Report on vaccination in Madras 1922-1929 - 1922-1929
Year: 1922
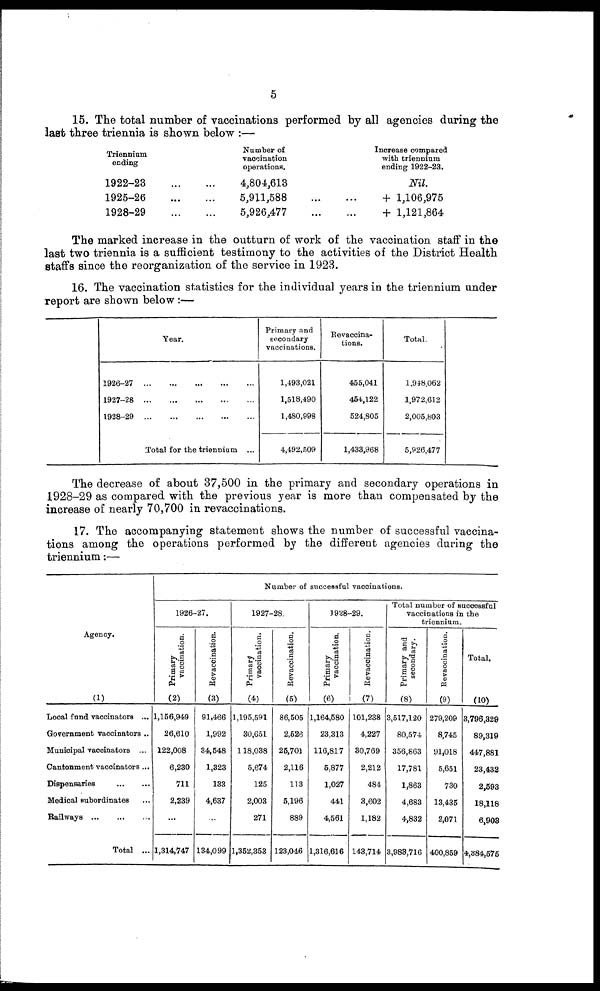
5
15. The total number of vaccinations performed by all agencies during the
last three triennia is shown below :—
Triennium
ending
1922-23
...
...
1925-26
...
...
1928-29
...
...
Number of
vaccination
operations.
4,804,613
5,911,588
...
...
5,926,477
...
...
Increase compared
with triennium
ending 1922-23.
Nil.
+ 1,106,975
+ 1,121,864
The marked increase in the outturn of work of the vaccination staff in the
last two triennia is a sufficient testimony to the activities of the District Health
staffs since the reorganization of the service in 1923.
16. The vaccination statistics for the individual years in the triennium under
report are shown below:—
Year.
1926-27
...
...
...
...
...
1927-28
...
...
...
...
...
1928-29
...
...
...
...
...
Total for the triennium ...
Primary and
secondary
vaccinations.
1,493,021
1,518,490
1,480,998
4,492,509
Revaccina¬
tions.
455,041
454,122
524,805
1,433,968
Total.
1,948,062
1,972,612
2,005,803
5,926,477
The decrease of about 37,500 in the primary and secondary operations in
1928-29 as compared with the previous year is more than compensated by the
increase of nearly 70,700 in revaccinations.
17. The accompanying statement shows the number of successful vaccina-
tions among the operations performed by the different agencies during the
triennium:—
Agency.
(1)
Local fund vaccinators ...
Government vaccinators ...
Municipal vaccinators ...
Cantonment vaccinators...
Dispensaries
...
...
Medical subordinates ...
Railways
...
...
...
Total ...
Number of successful vaccinations.
1926-27.
Primary
vaccination.
(2)
1,156,949
26,610
122,008
6,230
711
2,239
...
1,314,747
Revaccination.
(3)
91,466
1,992
34,548
1,323
133
4,637
...
134,099
1927-28.
Primary
vaccination.
(4)
1,195,591
30,651
118,038
5,674
125
2,003
271
1,352,353
Revaccination.
(5)
86,505
2,526
25,701
2,116
113
5,196
889
123,046
1928-29.
Primary
vaccination.
(6)
1,164,580
23,313
116,817
5,877
1,027
441
4,561
1,316,616
Revaccination.
(7)
101,238
4,227
30,769
2,212
484
3,602
1,182
143,714
Total number of successful
vaccinations in the
triennium.
Primary and
secondary.
(8)
3,517,120
80,574
356,863
17,781
1,863
4,683
4,832
3,983,716
Revaccination.
(9)
279,209
8,745
91,018
5,651
730
13,435
2,071
400,859
Total.
(10)
3,796,329
89,319
447,881
23,432
2,593
18,118
6,903
4,384,575